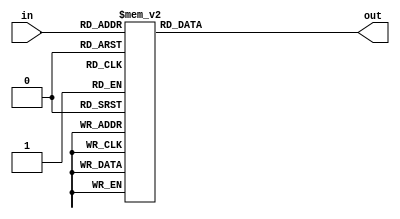
module Decoder_4to16 (
    input [3:0] in,
    output reg [15:0] out
);

always @(*)
begin
    case(in)
        4'b0000: out = 16'b0000_0000_0000_0001; // Y0 activated
        4'b0001: out = 16'b0000_0000_0000_0010; // Y1 activated
        4'b0010: out = 16'b0000_0000_0000_0100; // Y2 activated
        4'b0011: out = 16'b0000_0000_0000_1000; // Y3 activated
        4'b0100: out = 16'b0000_0000_0001_0000; // Y4 activated
        4'b0101: out = 16'b0000_0000_0010_0000; // Y5 activated
        4'b0110: out = 16'b0000_0000_0100_0000; // Y6 activated
        4'b0111: out = 16'b0000_0000_1000_0000; // Y7 activated
        4'b1000: out = 16'b0000_0001_0000_0000; // Y8 activated
        4'b1001: out = 16'b0000_0010_0000_0000; // Y9 activated
        4'b1010: out = 16'b0000_0100_0000_0000; // Y10 activated
        4'b1011: out = 16'b0000_1000_0000_0000; // Y11 activated
        4'b1100: out = 16'b0001_0000_0000_0000; // Y12 activated
        4'b1101: out = 16'b0010_0000_0000_0000; // Y13 activated
        4'b1110: out = 16'b0100_0000_0000_0000; // Y14 activated
        4'b1111: out = 16'b1000_0000_0000_0000; // Y15 activated
        default: out = 16'b0000_0000_0000_0000; // all outputs inactive
    endcase
end

endmodule